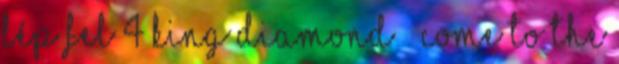
lép fel 4 King Diamond – Come To The